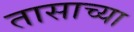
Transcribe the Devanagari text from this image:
तासाच्‍या